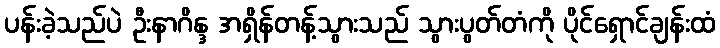
ပန်းခဲ့သည်ပဲ ဦးနာဂိန္ဒ အရှိန်တန့်သွားသည် သွားပွတ်တံကို ပိုင်ရှောင်ချန်းထံ